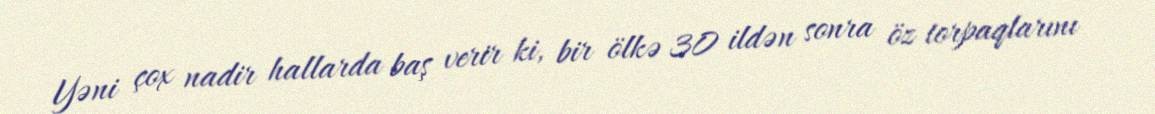
Yəni çox nadir hallarda baş verir ki, bir ölkə 30 ildən sonra öz torpaqlarını